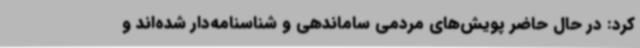
کرد: در حال حاضر پویش‌های مردمی ساماندهی و شناسنامه‌دار شده‌اند و